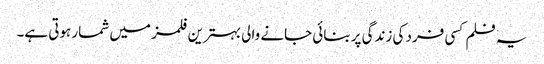
یہ فلم کسی فرد کی زندگی پر بنائی جانے والی بہترین فلمز میں شمار ہوتی ہے۔